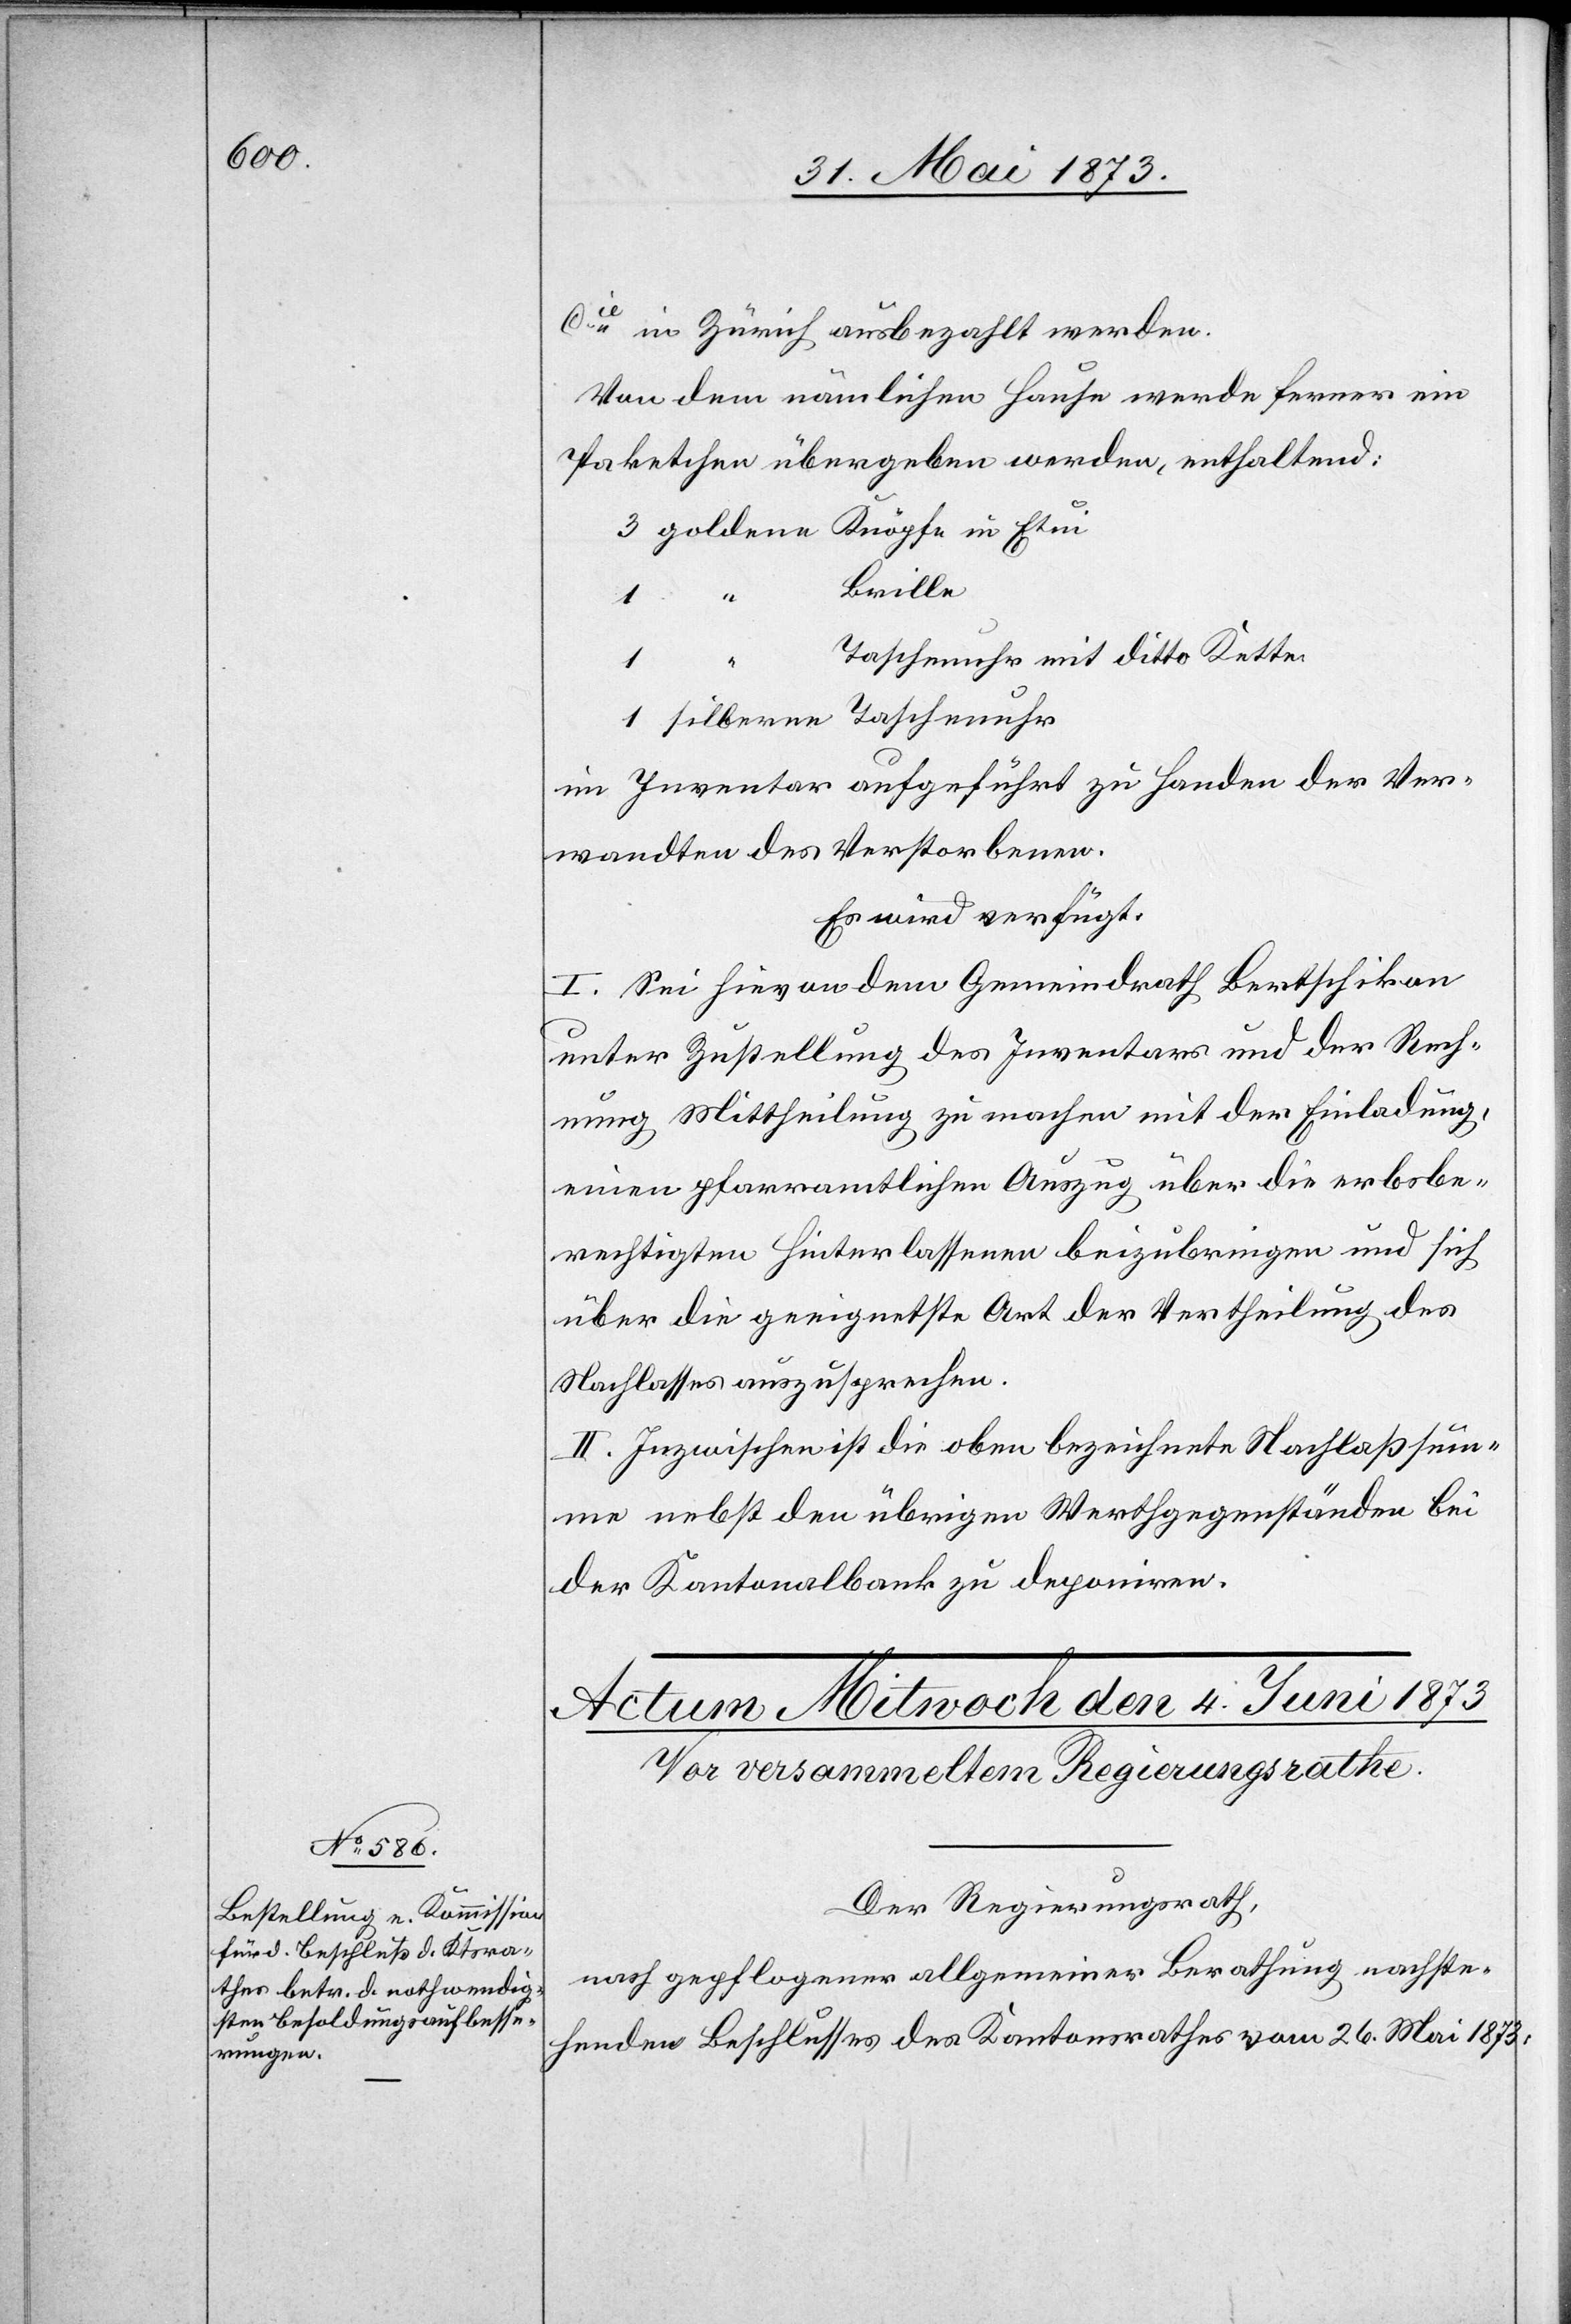
Cie in Zürich ausbezahlt werden.
Von dem nämlichen Hause werde ferner ein
Paketchen übergeben werden, enthaltend:
Brille
Taschenuhr mit ditto Kette
im Inventar aufgeführt zu Handen der Ver¬
wandten des Verstorbenen.
Es wird verfügt:
I. Sei hievon dem Gemeindrath Bertschikon
unter Zustellung des Inventars und der Rech¬
nung Mittheilung zu machen mit der Einladung,
einen pfarramtlichen Auszug über die erbsbe¬
rechtigten Hinterlassenen beizubringen und sich
über die geeignetste Art der Vertheilung des
Nachlasses auszusprechen.
II. Inzwischen ist die oben bezeichnete Nachlaßsum¬
me nebst den übrigen Werthgegenständen bei
der Kantonalbank zu deponiren.
Der Regierungsrath,
nach gepflogener allgemeiner Berathung nachste¬
henden Beschlusses des Kantonrsrathes vom 26. Mai 1873: